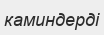
каминдерді